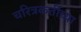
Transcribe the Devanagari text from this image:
चरित्रकर्तीच्या